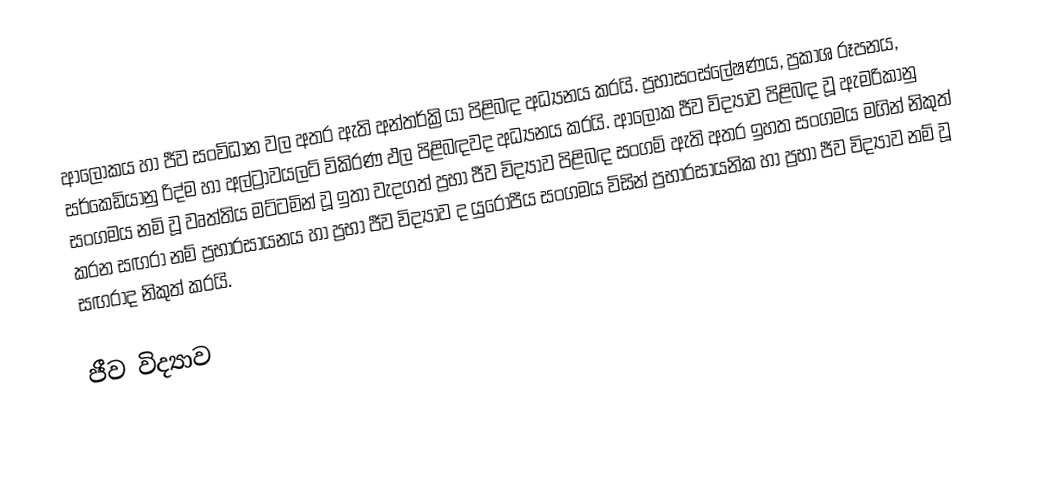
ආලෝකය හා ජීව සංවිධාන වල අතර ඇති අන්තර්ක්‍රියා පිළිබඳ අධ්‍යනය කරයි. ප්‍රභාසංස්ලේෂණය, ප්‍රකාශ රූපනය, සර්කෙඩියානු රිද්ම හා අල්ට්‍රාවයලට් විකිරණ ඵල පිළිබඳවද අධ්‍යනය කරයි. ආලෝක ජීව විද්‍යාව පිළිබඳ වූ ඇමරිකානු සංගමය නමි වූ වෘත්තිය මට්ටමින් වූ ඉතා වැදගත් ප්‍රභා ජීව විද්‍යාව පිළිබඳ සංගම් ඇති අතර ඉහත සංගමය මගින් නිකුත් කරන සඟරා නම් ප්‍රභාරසායනය හා ප්‍රභා ජීව විද්‍යාව ද යුරෝපීය සංගමය විසින් ප්‍රභාරසායනික හා ප්‍රභා ජීව විද්‍යාව නම් වූ සඟරාද නිකුත් කරයි.

ජීව විද්‍යාව